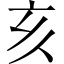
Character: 亥